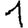
Digit: 1